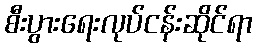
စီးပွားရေးလုပ်ငန်းဆိုင်ရာ